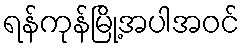
ရန်ကုန်မြို့အပါအဝင်